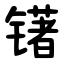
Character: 䦃